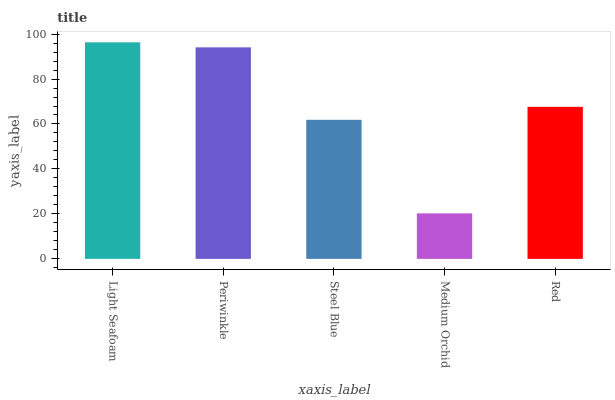
| xaxis_label | bars |
 | --- | --- |
 | Light Seafoam | 96.3 |
 | Periwinkle | 94.1 |
 | Steel Blue | 61.9 |
 | Medium Orchid | 20.2 |
 | Red | 67.6 |